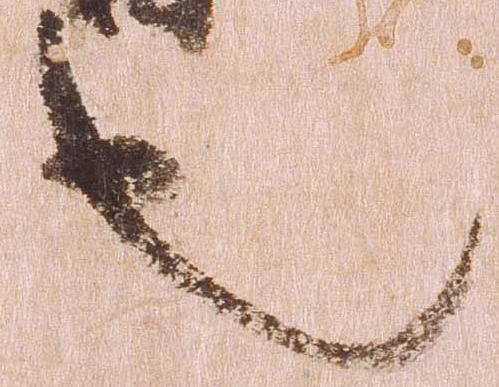
也